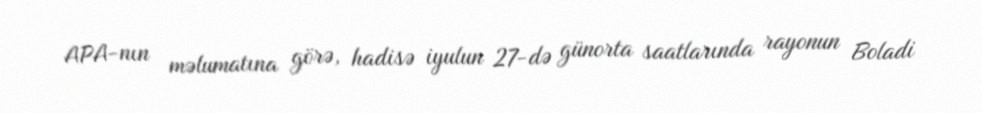
APA-nın məlumatına görə, hadisə iyulun 27-də günorta saatlarında rayonun Boladi